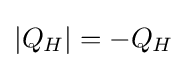
|Q_{H}|=-Q_{H}